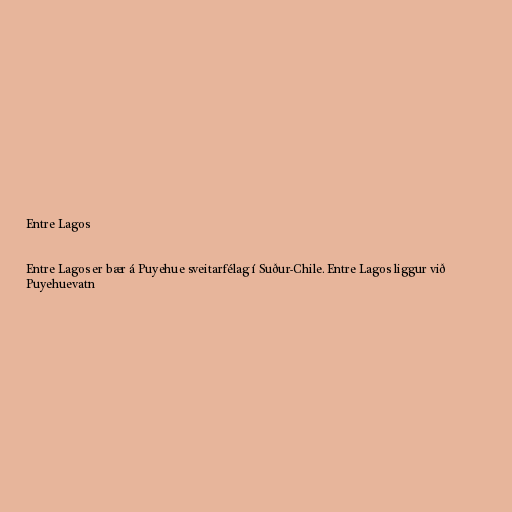
Entre Lagos

Entre Lagos er bær á Puyehue sveitarfélag í Suður-Chile. Entre Lagos liggur við
Puyehuevatn